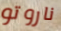
ناروتو